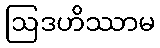
ဩဒဟိဿာမ